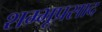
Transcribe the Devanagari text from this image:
शम्भूप्रसाद